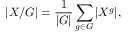
| X / G | = { \frac { 1 } { | G | } } \sum _ { g \in G } | X ^ { g } | ,